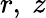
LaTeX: r,\ z